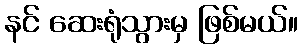
နင် ဆေးရုံသွားမှ ဖြစ်မယ်။